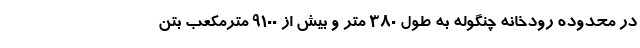
در محدوده رودخانه چنگوله به طول 380 متر و بیش از 9100 مترمکعب بتن